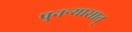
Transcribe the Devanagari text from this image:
पुनन्र्यासात्